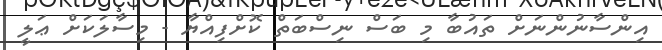
އިންސާނުންނަށް ތައުބާ މި ބަސް ނިސްބަތް ކޮށްފިއްޔާ - މިސާލަކަށް ޢަލީ